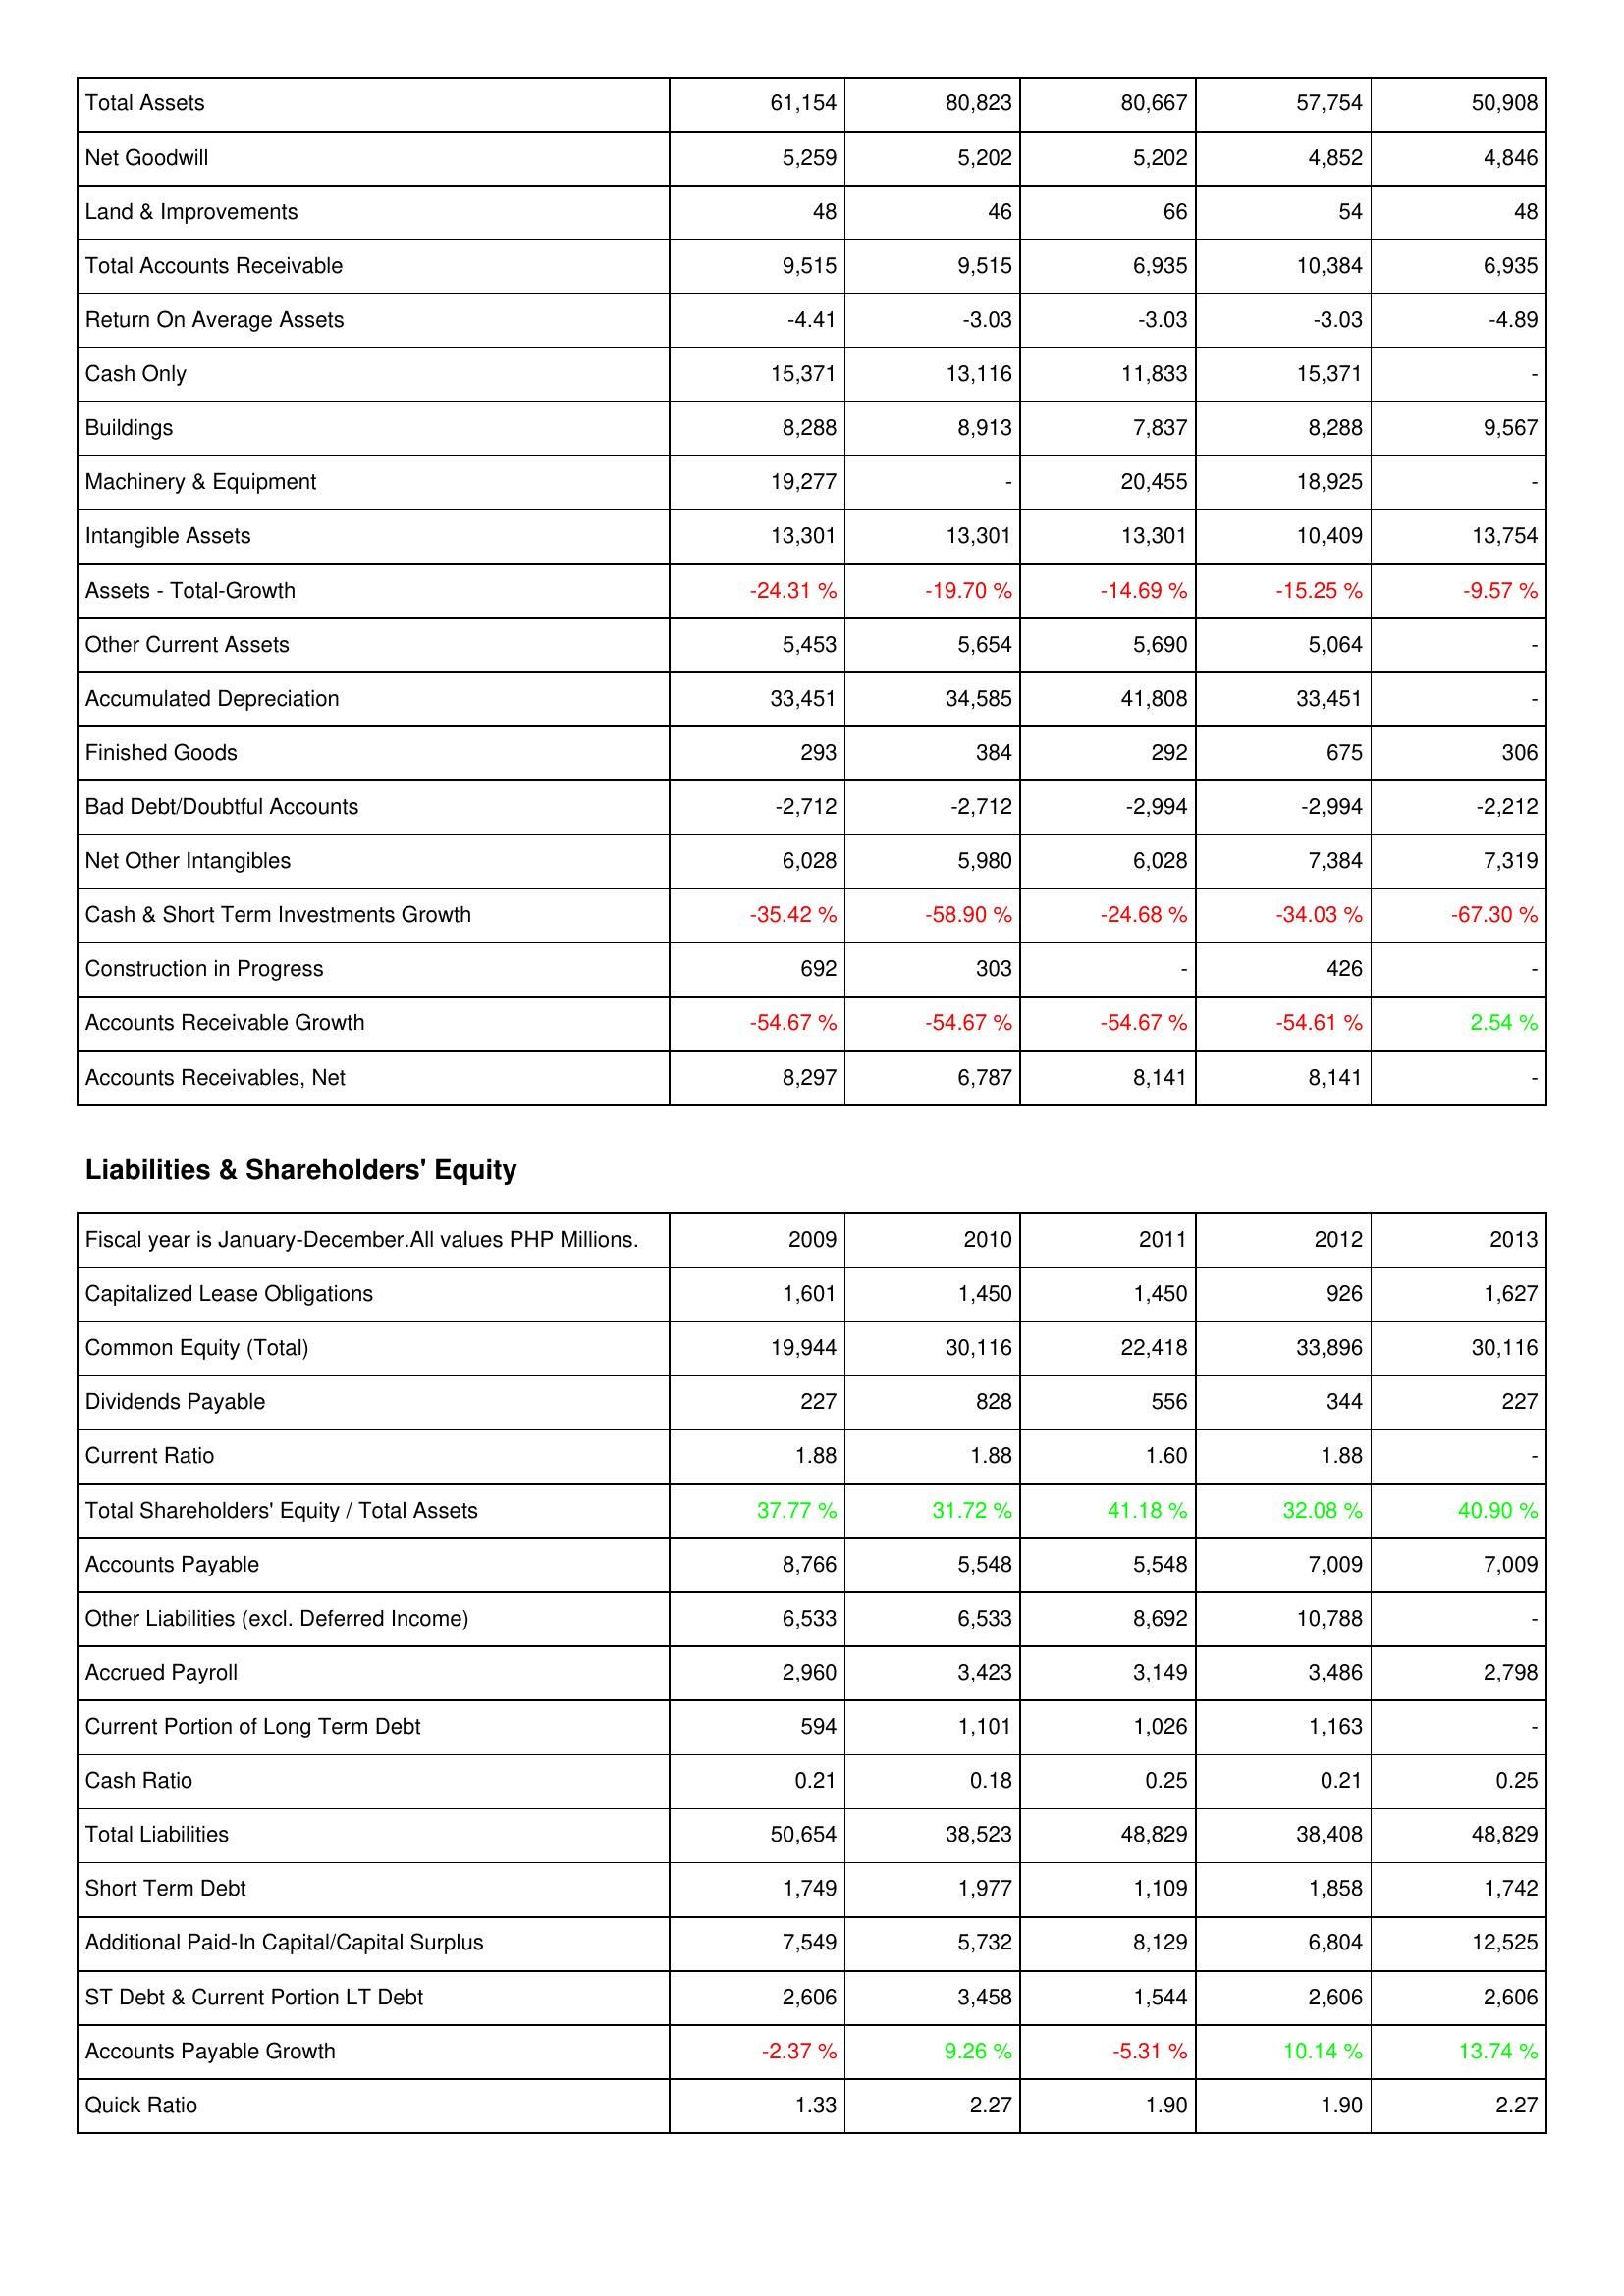
2009: Assets: Total Assets: 61,154
Net Goodwill: 5,259
Land & Improvements: 48
Total Accounts Receivable: 9,515
Return On Average Assets: -4.41
Cash Only: 15,371
Buildings: 8,288
Machinery & Equipment: 19,277
Intangible Assets: 13,301
Assets - Total-Growth: -24.31 %
Other Current Assets: 5,453
Accumulated Depreciation: 33,451
Finished Goods: 293
Bad Debt/Doubtful Accounts: -2,712
Net Other Intangibles: 6,028
Cash & Short Term Investments Growth: -35.42 %
Construction in Progress: 692
Accounts Receivable Growth: -54.67 %
Accounts Receivables, Net: 8,297
Liabilities & Shareholders' Equity: Capitalized Lease Obligations: 1,601
Common Equity (Total): 19,944
Dividends Payable: 227
Current Ratio: 1.88
Total Shareholders' Equity / Total Assets: 37.77 %
Accounts Payable: 8,766
Other Liabilities (excl. Deferred Income): 6,533
Accrued Payroll: 2,960
Current Portion of Long Term Debt: 594
Cash Ratio: 0.21
Total Liabilities: 50,654
Short Term Debt: 1,749
Additional Paid-In Capital/Capital Surplus: 7,549
ST Debt & Current Portion LT Debt: 2,606
Accounts Payable Growth: -2.37 %
Quick Ratio: 1.33
2010: Assets: Total Assets: 80,823
Net Goodwill: 5,202
Land & Improvements: 46
Total Accounts Receivable: 9,515
Return On Average Assets: -3.03
Cash Only: 13,116
Buildings: 8,913
Machinery & Equipment: -
Intangible Assets: 13,301
Assets - Total-Growth: -19.70 %
Other Current Assets: 5,654
Accumulated Depreciation: 34,585
Finished Goods: 384
Bad Debt/Doubtful Accounts: -2,712
Net Other Intangibles: 5,980
Cash & Short Term Investments Growth: -58.90 %
Construction in Progress: 303
Accounts Receivable Growth: -54.67 %
Accounts Receivables, Net: 6,787
Liabilities & Shareholders' Equity: Capitalized Lease Obligations: 1,450
Common Equity (Total): 30,116
Dividends Payable: 828
Current Ratio: 1.88
Total Shareholders' Equity / Total Assets: 31.72 %
Accounts Payable: 5,548
Other Liabilities (excl. Deferred Income): 6,533
Accrued Payroll: 3,423
Current Portion of Long Term Debt: 1,101
Cash Ratio: 0.18
Total Liabilities: 38,523
Short Term Debt: 1,977
Additional Paid-In Capital/Capital Surplus: 5,732
ST Debt & Current Portion LT Debt: 3,458
Accounts Payable Growth: 9.26 %
Quick Ratio: 2.27
2011: Assets: Total Assets: 80,667
Net Goodwill: 5,202
Land & Improvements: 66
Total Accounts Receivable: 6,935
Return On Average Assets: -3.03
Cash Only: 11,833
Buildings: 7,837
Machinery & Equipment: 20,455
Intangible Assets: 13,301
Assets - Total-Growth: -14.69 %
Other Current Assets: 5,690
Accumulated Depreciation: 41,808
Finished Goods: 292
Bad Debt/Doubtful Accounts: -2,994
Net Other Intangibles: 6,028
Cash & Short Term Investments Growth: -24.68 %
Construction in Progress: -
Accounts Receivable Growth: -54.67 %
Accounts Receivables, Net: 8,141
Liabilities & Shareholders' Equity: Capitalized Lease Obligations: 1,450
Common Equity (Total): 22,418
Dividends Payable: 556
Current Ratio: 1.60
Total Shareholders' Equity / Total Assets: 41.18 %
Accounts Payable: 5,548
Other Liabilities (excl. Deferred Income): 8,692
Accrued Payroll: 3,149
Current Portion of Long Term Debt: 1,026
Cash Ratio: 0.25
Total Liabilities: 48,829
Short Term Debt: 1,109
Additional Paid-In Capital/Capital Surplus: 8,129
ST Debt & Current Portion LT Debt: 1,544
Accounts Payable Growth: -5.31 %
Quick Ratio: 1.90
2012: Assets: Total Assets: 57,754
Net Goodwill: 4,852
Land & Improvements: 54
Total Accounts Receivable: 10,384
Return On Average Assets: -3.03
Cash Only: 15,371
Buildings: 8,288
Machinery & Equipment: 18,925
Intangible Assets: 10,409
Assets - Total-Growth: -15.25 %
Other Current Assets: 5,064
Accumulated Depreciation: 33,451
Finished Goods: 675
Bad Debt/Doubtful Accounts: -2,994
Net Other Intangibles: 7,384
Cash & Short Term Investments Growth: -34.03 %
Construction in Progress: 426
Accounts Receivable Growth: -54.61 %
Accounts Receivables, Net: 8,141
Liabilities & Shareholders' Equity: Capitalized Lease Obligations: 926
Common Equity (Total): 33,896
Dividends Payable: 344
Current Ratio: 1.88
Total Shareholders' Equity / Total Assets: 32.08 %
Accounts Payable: 7,009
Other Liabilities (excl. Deferred Income): 10,788
Accrued Payroll: 3,486
Current Portion of Long Term Debt: 1,163
Cash Ratio: 0.21
Total Liabilities: 38,408
Short Term Debt: 1,858
Additional Paid-In Capital/Capital Surplus: 6,804
ST Debt & Current Portion LT Debt: 2,606
Accounts Payable Growth: 10.14 %
Quick Ratio: 1.90
2013: Assets: Total Assets: 50,908
Net Goodwill: 4,846
Land & Improvements: 48
Total Accounts Receivable: 6,935
Return On Average Assets: -4.89
Cash Only: -
Buildings: 9,567
Machinery & Equipment: -
Intangible Assets: 13,754
Assets - Total-Growth: -9.57 %
Other Current Assets: -
Accumulated Depreciation: -
Finished Goods: 306
Bad Debt/Doubtful Accounts: -2,212
Net Other Intangibles: 7,319
Cash & Short Term Investments Growth: -67.30 %
Construction in Progress: -
Accounts Receivable Growth: 2.54 %
Accounts Receivables, Net: -
Liabilities & Shareholders' Equity: Capitalized Lease Obligations: 1,627
Common Equity (Total): 30,116
Dividends Payable: 227
Current Ratio: -
Total Shareholders' Equity / Total Assets: 40.90 %
Accounts Payable: 7,009
Other Liabilities (excl. Deferred Income): -
Accrued Payroll: 2,798
Current Portion of Long Term Debt: -
Cash Ratio: 0.25
Total Liabilities: 48,829
Short Term Debt: 1,742
Additional Paid-In Capital/Capital Surplus: 12,525
ST Debt & Current Portion LT Debt: 2,606
Accounts Payable Growth: 13.74 %
Quick Ratio: 2.27